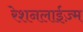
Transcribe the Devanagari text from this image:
रेशनलाईज़्म